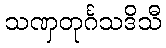
သဏှတုင်္ဂသဒိသီ